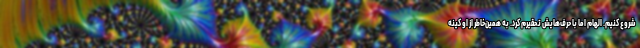
شروع کنیم. الهام اما با حرف‌هایش تحقیرم کرد. به همین‌خاطر از او کینه